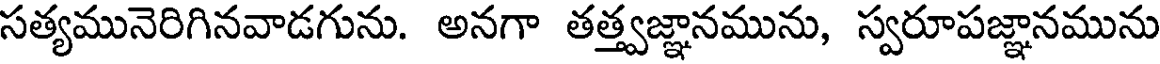
సత్యమునెరిగినవాడగును. అనగా తత్త్వజ్ఞానమును, స్వరూపజ్ఞానమును